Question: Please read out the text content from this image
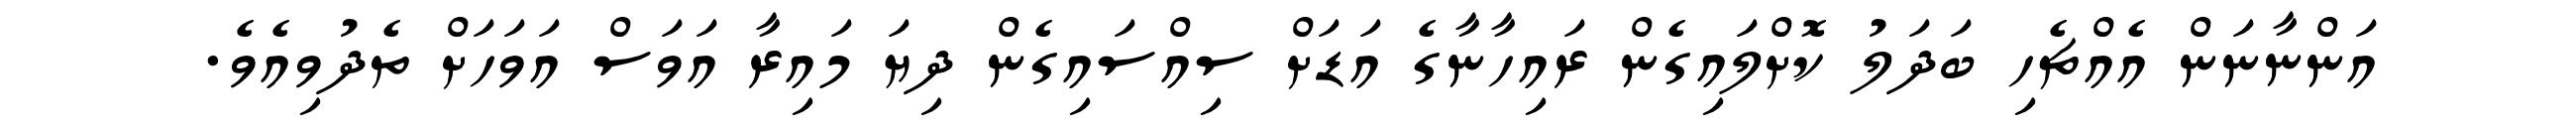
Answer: އަންނާނަން އެއްޗެހި ބަދަލު ކޮށްލައިގެން ރައިހާނާގެ އަޑަށް ސިއްސައިގެން ދިޔަ މައިރާ އަވަސް އަވަހަށް ތެދުވިއެވެ.